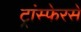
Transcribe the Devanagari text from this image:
ट्रांस्फेरसे